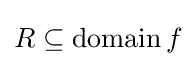
R\subseteq \operatorname {domain} f